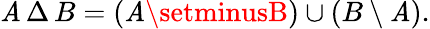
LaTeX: \mathit{A}\, \Delta\, B=(\mathit{A}\setminusB)\cup(B\setminus\mathit{A}).